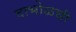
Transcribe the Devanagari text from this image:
दाभोळची